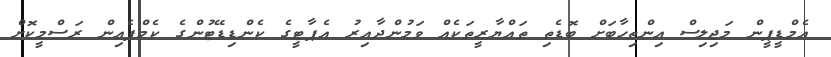
އެމްޑީޕީން މަޖިލިސް އިންތިހާބަށް ބޮޑެތި ތައްޔާރީތަކެއް ވަމުންދާއިރު އެޕާޓީގެ ކެންޑިޑޭޓުންގެ ކެމްޕެއިން ރަސްމީކޮށް